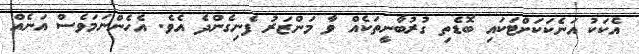
އެކަކު އަނެކަކަށްޓަކައި ބޮޑެތި ގުރުބާނީތަކެއް ވާ މަންޒަރު ފެނިގެންދެ އެވެ. އެހެންނަމަވެސް އަނެއް